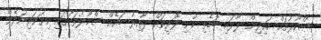
ސްކޫލުތައް ކައިރިން ލާފައި ބޮޑެތި ކުނި ލޮރީތައް ދާއިރު ބައެއް ސްކޫލުތަކުގައި ކިޔަވައިނުދެވޭ